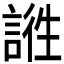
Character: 𲁬